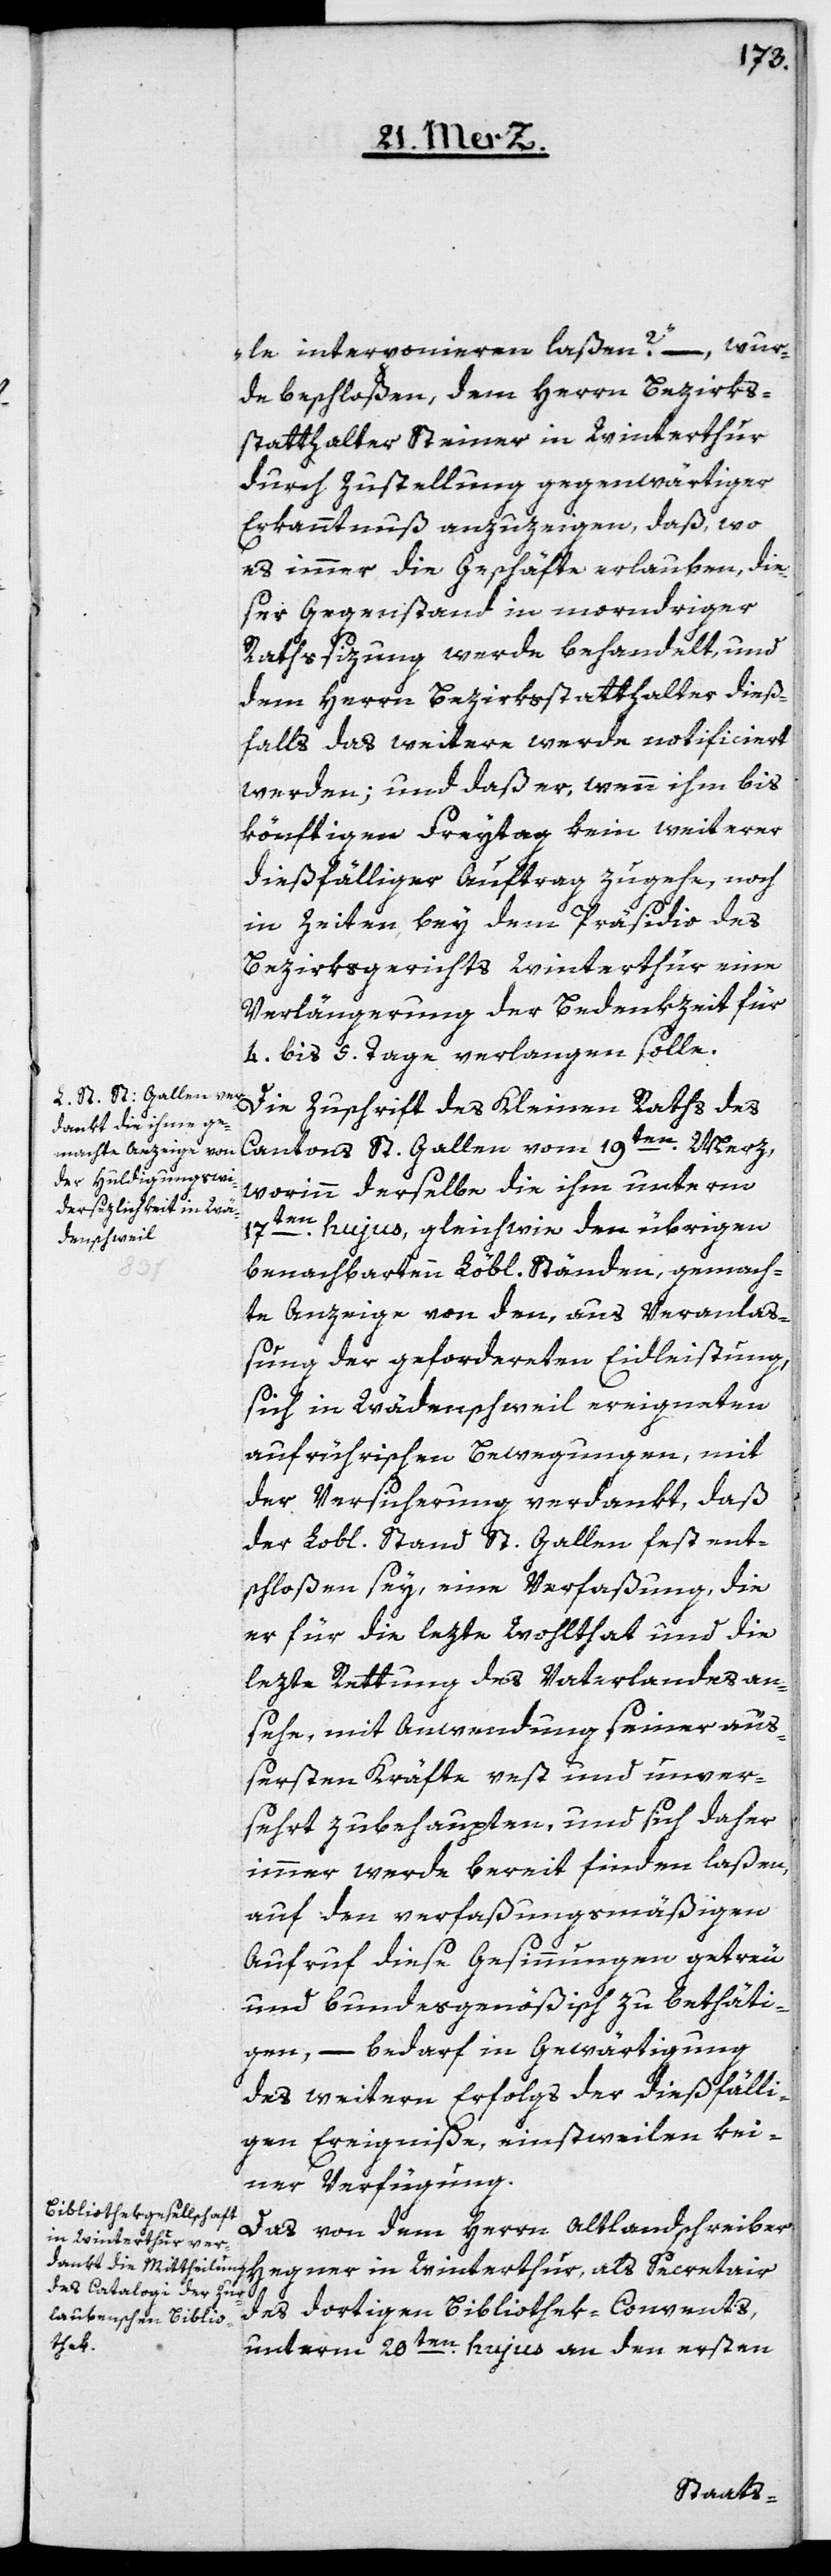
le interponieren laßen“? – wur¬
de beschloßen, dem Herrn Bezirks¬
statthalter Steiner in Winterthur
durch Zustellung gegenwärtiger
Erkanntnuß anzuzeigen, daß, wo
es immer die Geschäfte erlauben, die¬
ser Gegenstand in morndriger
Rathssizung werde behandelt, und
dem Herrn Bezirksstatthalter dieß¬
falls das weitere werde notificiert
werden; und daß er, wenn ihm bis
könftigen Freytag kein weiterer
dießfälliger Auftrag zugehe, noch
in Zeiten, bey dem Präsidio des
Bezirksgerichts Winterthur eine
Verlängerung der Bedenkzeit für
4. bis 5. Tage verlangen solle.
Die Zuschrift des Kleinen Raths des
Cantons St. Gallen vom 19ten Merz,
worinn derselbe die ihm unterm
17ten
hujus, gleichwie den übrigen
benachbarten Löbl. Ständen, gemach¬
te Anzeige von den, aus Veranlaß¬
ung der geforderten Eidleistung,
sich in Wädenschweil ereigneten
aufrührerischen Bewegungen, mit
der Versicherung verdankt, daß
der Lobl. Stand St. Gallen fest ent¬
schloßen sey, eine Verfaßung, die
er für die lezte Wohlthat und die
lezte Rettung des Vaterlandes an¬
sehe, mit Anwendung seiner äuß¬
ersten Kräfte vest und unver¬
sehrt zubehaupten, und sich daher
immer werde bereit finden laßen,
auf den verfaßungsmäßigen
Aufruf diese Gesinnungen getreu
und bundesgenößisch zu bethäti¬
gen, – bedarf in Gewärtigung
des weitern Erfolgs der dießfälli¬
gen Ereigniße, einstweilen kei¬
ner Verfügung.
Das von dem Herrn Altlandschreiber
Hegner in Winterthur, als Secretair
des dortigen Bibliothek-Convents,
unterm 20ten hujus an den ersten